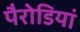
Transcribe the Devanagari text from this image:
पैरोडियां